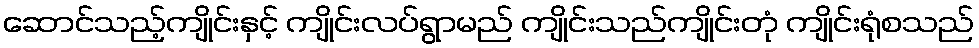
ဆောင်သည့်ကျိုင်းနှင့် ကျိုင်းလပ်ရွာမည် ကျိုင်းသည်ကျိုင်းတုံ ကျိုင်းရုံစသည်